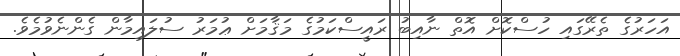
އަހަރުގެ ތެރޭގައި ހުސްކޮށް އޮތް ނާއިބު ރައީސްކަމުގެ މަޤާމަށް ޢުމަރު ސުލައިމާން ގެންނެވުމެވެ.